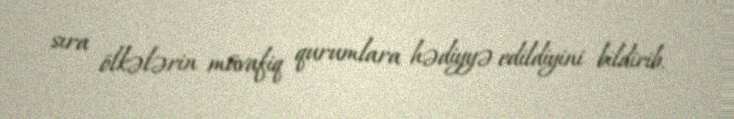
sıra ölkələrin müvafiq qurumlara hədiyyə edildiyini bildirib.